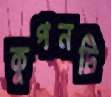
কুপনটি